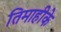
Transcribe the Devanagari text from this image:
तिमाहीके